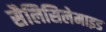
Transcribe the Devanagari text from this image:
सैलिसिलेमाइड